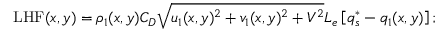
\mathrm { L H F } ( x , y ) = \rho _ { 1 } ( x , y ) C _ { D } \sqrt { u _ { 1 } ( x , y ) ^ { 2 } + v _ { 1 } ( x , y ) ^ { 2 } + V ^ { 2 } } L _ { e } \left[ q _ { s } ^ { * } - q _ { 1 } ( x , y ) \right] ;